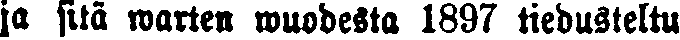
ja sitä warten wuodesta 1897 tiedusteltu